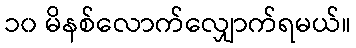
၁၀ မိနစ်လောက်လျှောက်ရမယ်။